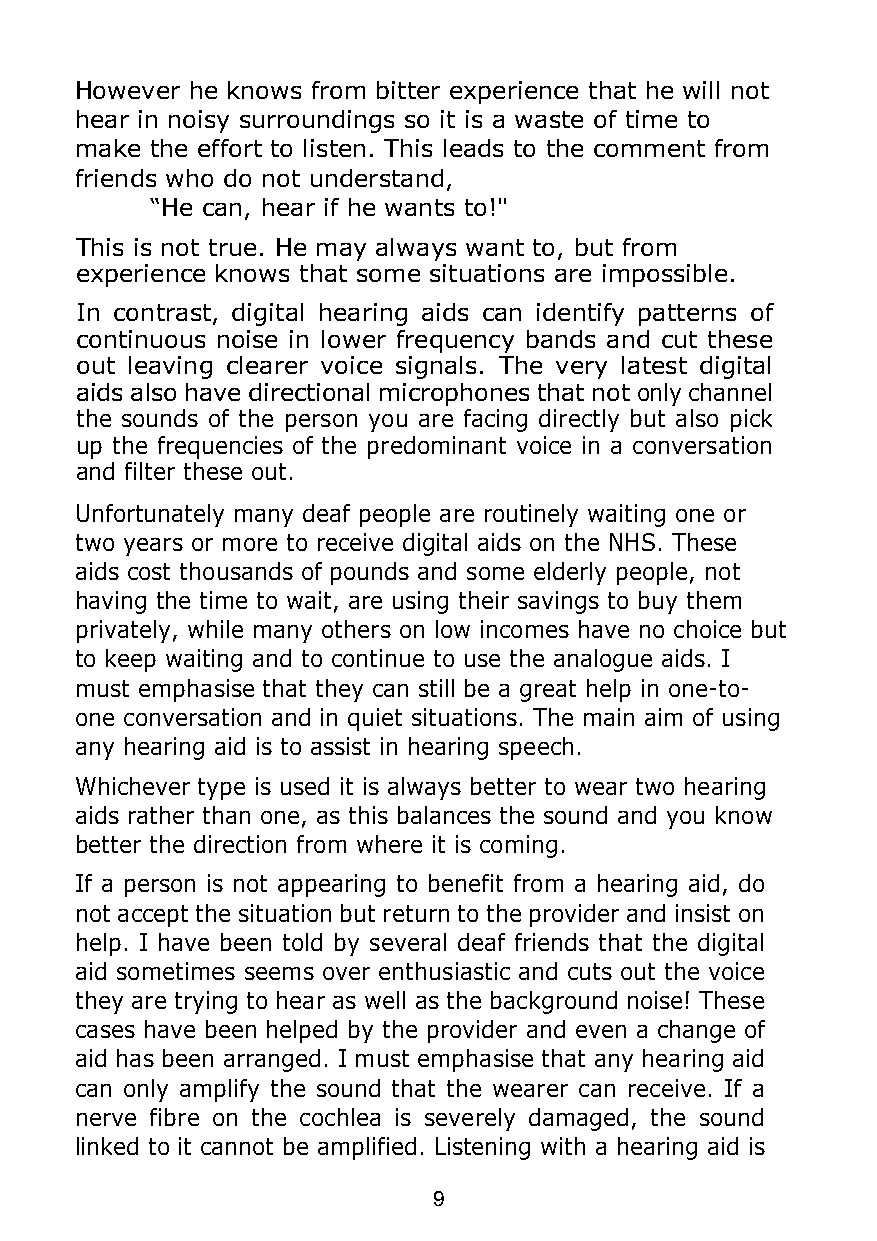
However he knows from bitter experience that he will not
 hear in noisy surroundings so it is a waste of time to
 make the effort to listen. This leads to the comment from
 friends who do not understand,
 “He can, hear if he wants to!"
 This is not true. He may always want to, but from
 experience knows that some situations are impossible.
 In contrast, digital hearing aids can identify patterns of
 continuous noise in lower frequency bands and cut these
 out leaving clearer voice signals. The very latest digital
 aids also have directional microphones that not only channel
 the sounds of the person you are facing directly but also pick
 up the frequencies of the predominant voice in a conversation
 and filter these out.
 Unfortunately many deaf people are routinely waiting one or
 two years or more to receive digital aids on the NHS. These
 aids cost thousands of pounds and some elderly people, not
 having the time to wait, are using their savings to buy them
 privately, while many others on low incomes have no choice but
 to keep waiting and to continue to use the analogue aids. I
 must emphasise that they can still be a great help in one-to-
 one conversation and in quiet situations. The main aim of using
 any hearing aid is to assist in hearing speech.
 Whichever type is used it is always better to wear two hearing
 aids rather than one, as this balances the sound and you know
 better the direction from where it is coming.
 If a person is not appearing to benefit from a hearing aid, do
 not accept the situation but return to the provider and insist on
 help. I have been told by several deaf friends that the digital
 aid sometimes seems over enthusiastic and cuts out the voice
 they are trying to hear as well as the background noise! These
 cases have been helped by the provider and even a change of
 aid has been arranged. I must emphasise that any hearing aid
 can only amplify the sound that the wearer can receive. If a
 nerve fibre on the cochlea is severely damaged, the sound
 linked to it cannot be amplified. Listening with a hearing aid is
 9